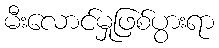
မီးလောင်မှုဖြစ်ပွားရာ